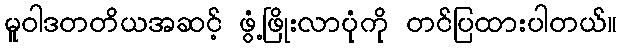
မူဝါဒတတိယအဆင့် ဖွံ့ဖြိုးလာပုံကို တင်ပြထားပါတယ်။